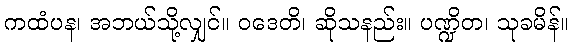
ကထံပန၊ အဘယ်သို့လျှင်။ ဝဒေတိ၊ ဆိုသနည်း။ ပဏ္ဍိတ၊ သုခမိန်။